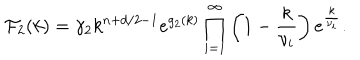
{ \cal F } _ { 2 } ( k ) = \gamma _ { 2 } k ^ { n + d / 2 - 1 } e ^ { g _ { 2 } ( k ) } \prod _ { i = 1 } ^ { \infty } \left( 1 - { \frac { k } { \nu _ { i } } } \right) e ^ { \frac { k } { \nu _ { i } } } .